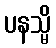
ပနသ္မိ